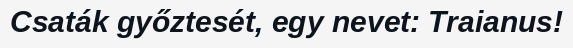
Csaták győztesét, egy nevet: Traianus!